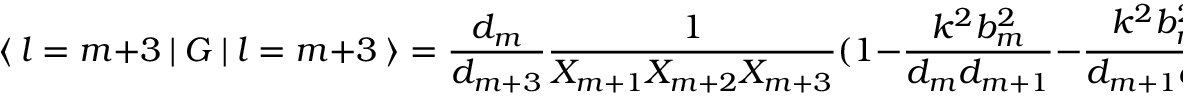
\langle \ l = m + 3 \ \vert \ G \ \vert \ l = m + 3 \ \rangle = { \frac { d _ { m } } { d _ { m + 3 } } } { \frac { 1 } { X _ { m + 1 } X _ { m + 2 } X _ { m + 3 } } } ( 1 - { \frac { k ^ { 2 } b _ { m } ^ { 2 } } { d _ { m } d _ { m + 1 } } } - { \frac { k ^ { 2 } b _ { m + 1 } ^ { 2 } } { d _ { m + 1 } d _ { m + 2 } } } ) \ \Sigma _ { m }